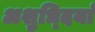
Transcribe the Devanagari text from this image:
अशुध्दियां